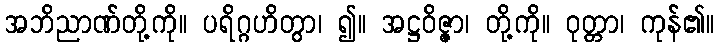
အဘိညာဏ်တို့ကို။ ပရိဂ္ဂဟိတွာ၊ ၍။ အဋ္ဌဝိဇ္ဇာ၊ တို့ကို။ ဝုတ္တာ၊ ကုန်၏။